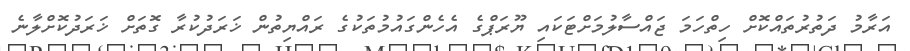
އަރާމު ދަތުރުތައްކޮށް ހިތްހަމަ ޖައްސާލުމަށްޓަކައި ޔޫރަޕްގެ އެހެންގައުމުތަކުގެ ރައްޔިތުން ޚަރަދުކުރާ ގޮތަށް ޚަރަދުކޮށްލާނެ